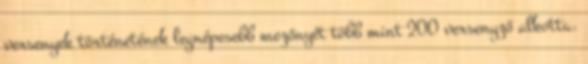
versenyek történetének legnépesebb mezőnyét több mint 200 versenyző alkotta.